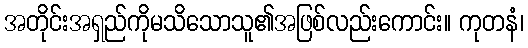
အတိုင်းအရှည်ကိုမသိသောသူ၏အဖြစ်လည်းကောင်း။ ကုတနံ၊